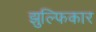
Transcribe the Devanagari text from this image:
झुल्फिकार